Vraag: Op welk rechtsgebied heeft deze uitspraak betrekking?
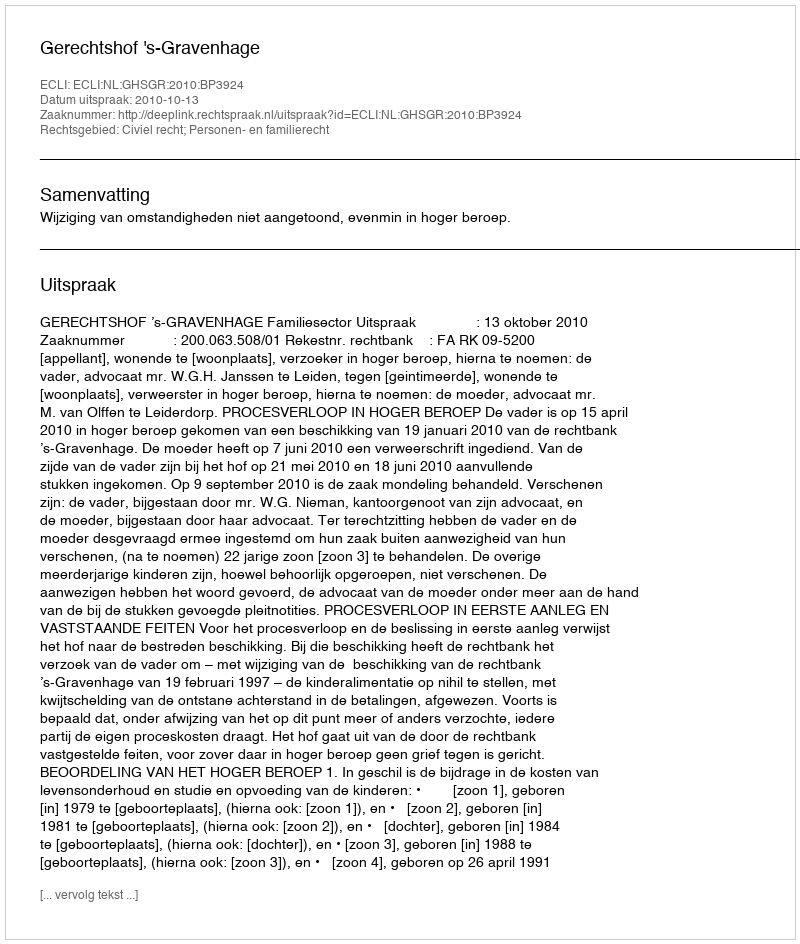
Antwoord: Civiel recht; Personen- en familierecht